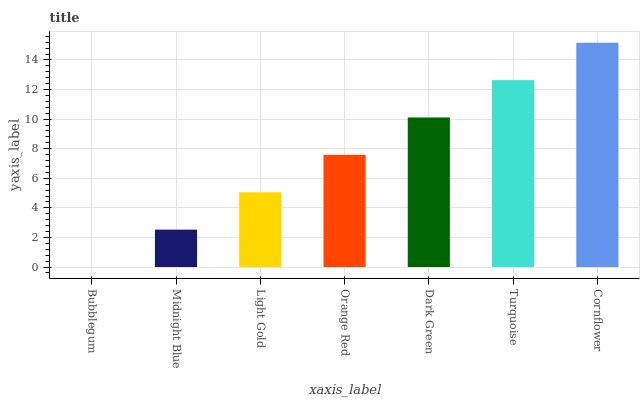
| xaxis_label | bars |
 | --- | --- |
 | Bubblegum | 0 |
 | Midnight Blue | 2.53 |
 | Light Gold | 5.06 |
 | Orange Red | 7.58 |
 | Dark Green | 10.1 |
 | Turquoise | 12.6 |
 | Cornflower | 15.2 |